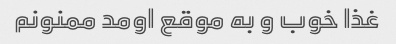
غذا خوب و به موقع اومد ممنونم